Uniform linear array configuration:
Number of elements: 64
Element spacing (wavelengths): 0.25
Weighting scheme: hann
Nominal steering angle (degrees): -30
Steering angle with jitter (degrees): -30.963
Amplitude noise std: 0.05
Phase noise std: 0.05

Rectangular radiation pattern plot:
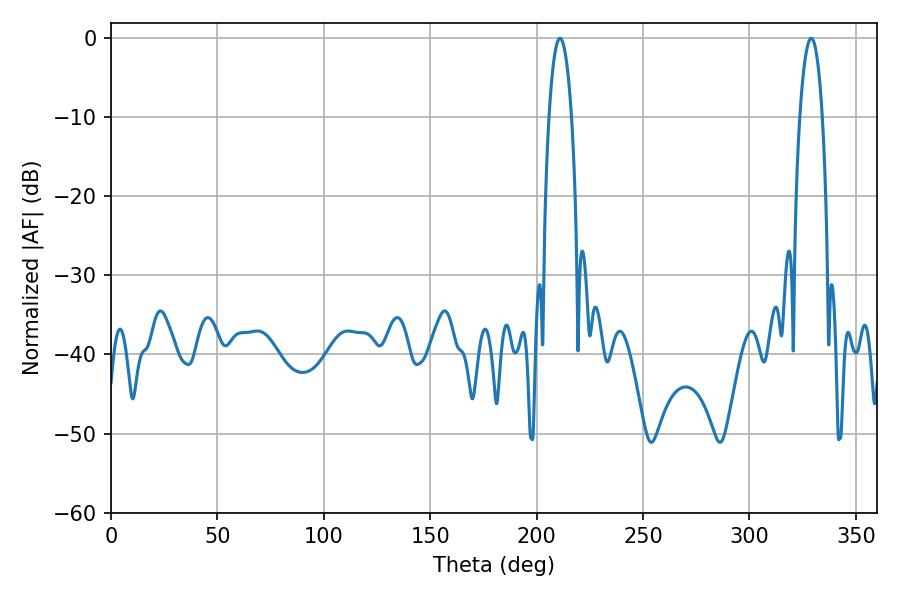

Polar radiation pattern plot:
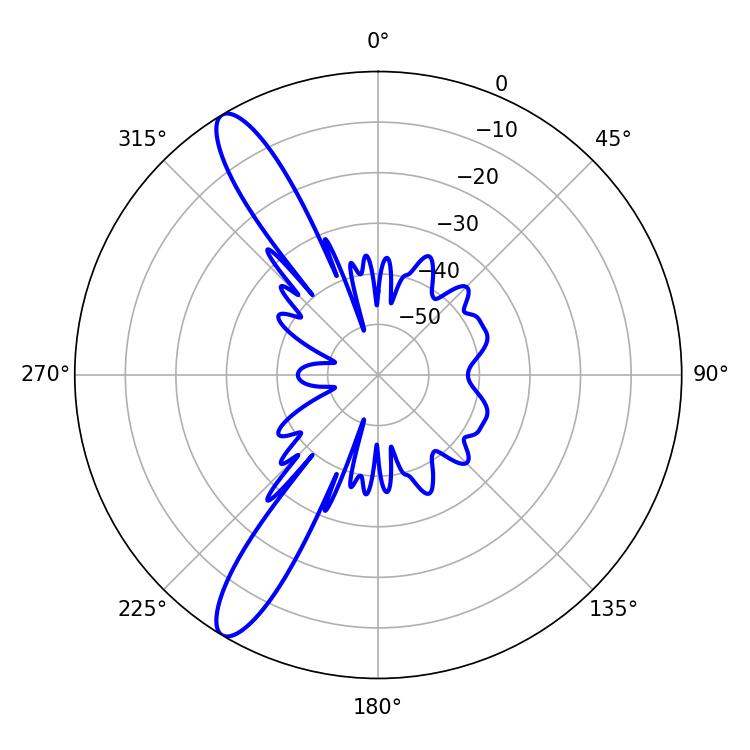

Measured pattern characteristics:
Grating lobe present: FALSE
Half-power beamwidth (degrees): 5.94
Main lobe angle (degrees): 210.96